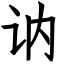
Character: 讷